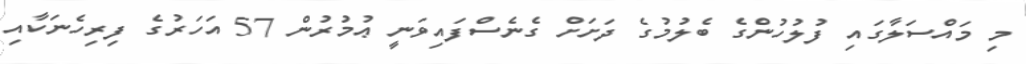
މި މައްސަލާގައި ފުލުހުންގެ ބެލުމުގެ ދަށަށް ގެނެސްފައިވަނީ ޢުމުރުން 57 އަހަރުގެ ފިރިހެނަކާއި